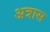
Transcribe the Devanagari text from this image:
अत्रास